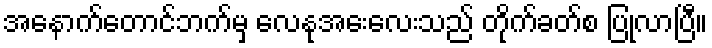
အနောက်တောင်ဘက်မှ လေနုအေးလေးသည် တိုက်ခတ်စ ပြုလာပြီ။